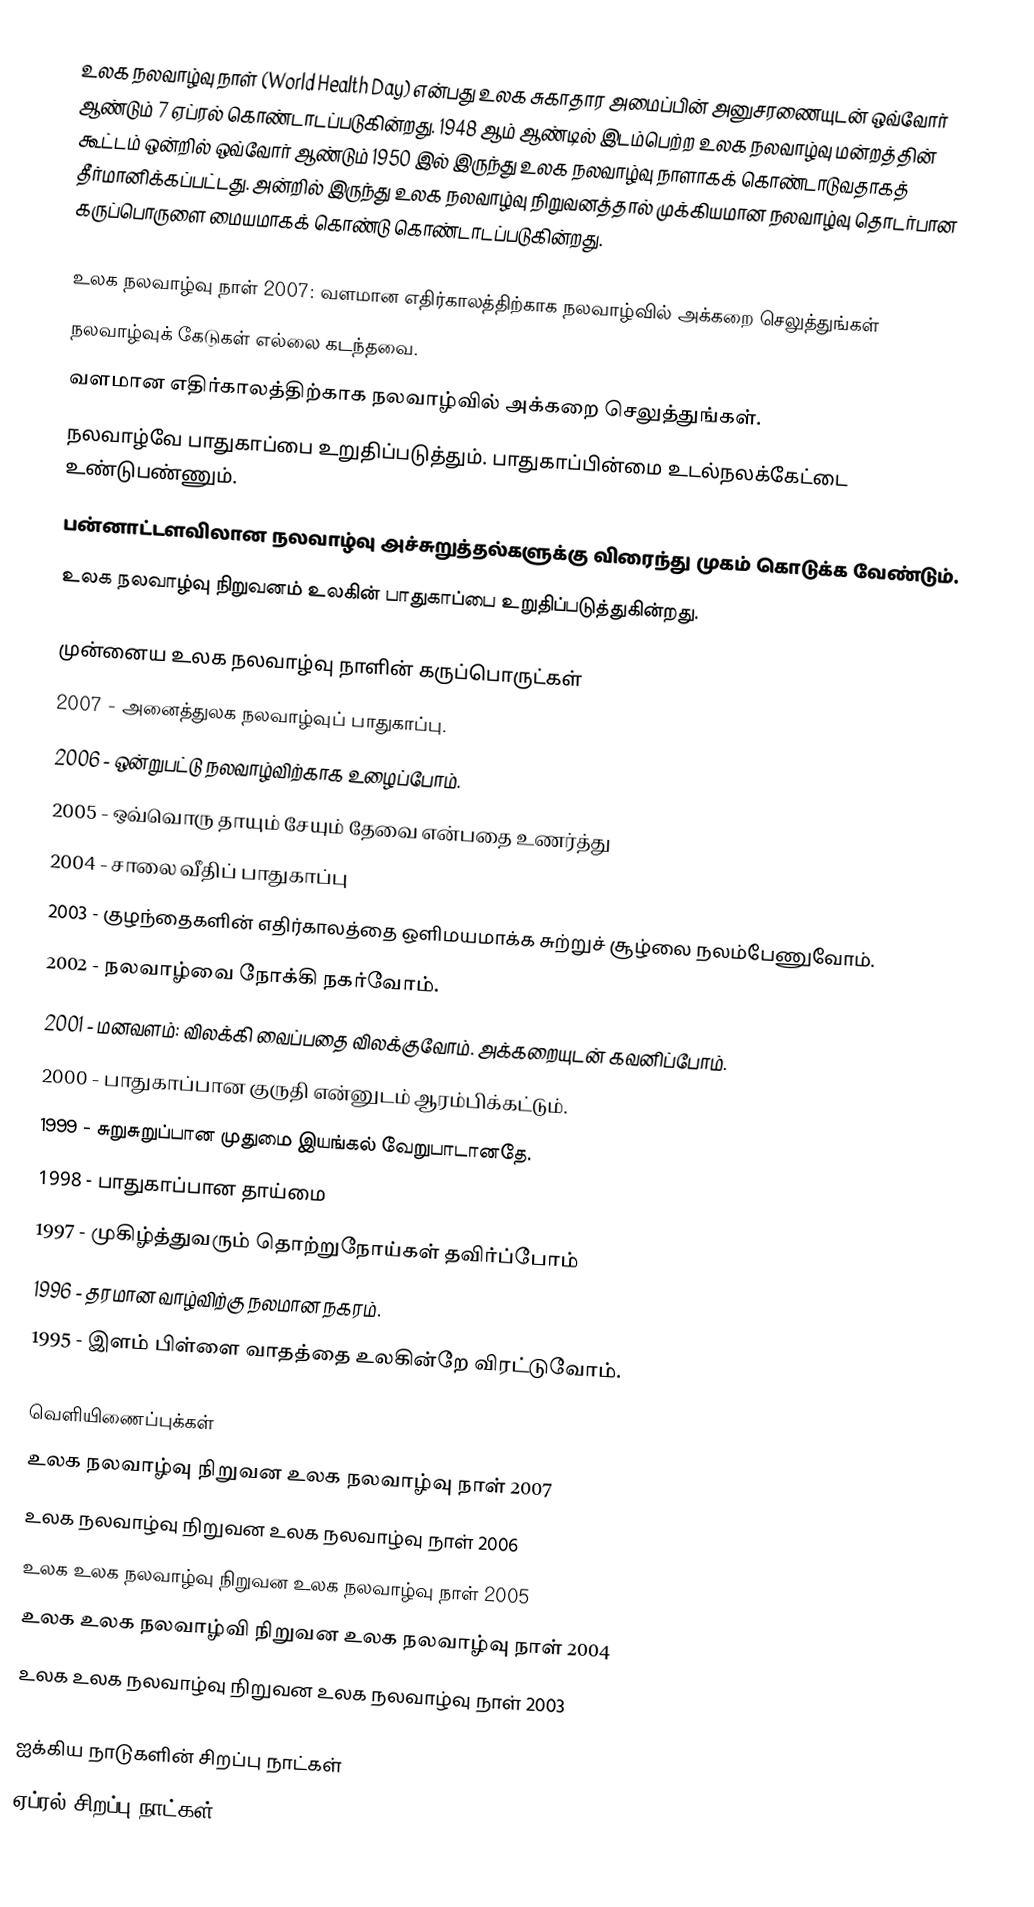
உலக நலவாழ்வு நாள் (World Health Day) என்பது உலக சுகாதார அமைப்பின் அனுசரணையுடன் ஒவ்வோர் ஆண்டும் 7 ஏப்ரல் கொண்டாடப்படுகின்றது. 1948 ஆம் ஆண்டில் இடம்பெற்ற உலக நலவாழ்வு மன்றத்தின் கூட்டம் ஒன்றில் ஒவ்வோர் ஆண்டும் 1950 இல் இருந்து உலக நலவாழ்வு நாளாகக் கொண்டாடுவதாகத் தீர்மானிக்கப்பட்டது. அன்றில் இருந்து உலக நலவாழ்வு  நிறுவனத்தால் முக்கியமான நலவாழ்வு தொடர்பான கருப்பொருளை மையமாகக் கொண்டு கொண்டாடப்படுகின்றது.

உலக நலவாழ்வு நாள் 2007: வளமான எதிர்காலத்திற்காக நலவாழ்வில் அக்கறை செலுத்துங்கள்
 நலவாழ்வுக் கேடுகள் எல்லை கடந்தவை.
 வளமான எதிர்காலத்திற்காக நலவாழ்வில் அக்கறை செலுத்துங்கள்.
 நலவாழ்வே பாதுகாப்பை உறுதிப்படுத்தும். பாதுகாப்பின்மை உடல்நலக்கேட்டை உண்டுபண்ணும்.
 பன்னாட்டளவிலான நலவாழ்வு அச்சுறுத்தல்களுக்கு விரைந்து முகம் கொடுக்க வேண்டும்.
 உலக நலவாழ்வு நிறுவனம் உலகின் பாதுகாப்பை உறுதிப்படுத்துகின்றது.

முன்னைய உலக நலவாழ்வு நாளின் கருப்பொருட்கள்
 2007 - அனைத்துலக நலவாழ்வுப்  பாதுகாப்பு.
 2006 - ஒன்றுபட்டு  நலவாழ்விற்காக உழைப்போம்.
 2005 - ஒவ்வொரு தாயும் சேயும் தேவை என்பதை உணர்த்து
 2004 - சாலை வீதிப் பாதுகாப்பு
 2003 - குழந்தைகளின் எதிர்காலத்தை ஒளிமயமாக்க சுற்றுச் சூழ்லை நலம்பேணுவோம்.
 2002 - நலவாழ்வை நோக்கி நகர்வோம்.
 2001 - மனவளம்: விலக்கி வைப்பதை விலக்குவோம். அக்கறையுடன் கவனிப்போம்.
 2000 - பாதுகாப்பான குருதி என்னுடம் ஆரம்பிக்கட்டும்.
 1999 - சுறுசுறுப்பான முதுமை இயங்கல் வேறுபாடானதே.
 1998 - பாதுகாப்பான தாய்மை
 1997 - முகிழ்த்துவரும் தொற்றுநோய்கள் தவிர்ப்போம்
 1996 - தரமான வாழ்விற்கு நலமான நகரம்.
 1995 - இளம் பிள்ளை வாதத்தை உலகின்றே விரட்டுவோம்.

வெளியிணைப்புக்கள்
 உலக நலவாழ்வு நிறுவன உலக நலவாழ்வு நாள் 2007
 உலக நலவாழ்வு நிறுவன உலக நலவாழ்வு நாள் 2006
 உலக உலக நலவாழ்வு நிறுவன உலக நலவாழ்வு நாள் 2005
 உலக உலக நலவாழ்வி நிறுவன உலக நலவாழ்வு நாள் 2004
 உலக உலக நலவாழ்வு நிறுவன உலக நலவாழ்வு நாள் 2003

ஐக்கிய நாடுகளின் சிறப்பு நாட்கள்
ஏப்ரல் சிறப்பு நாட்கள்